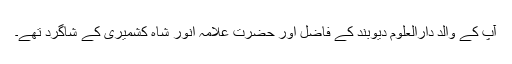
آپ کے والد دارالعلوم دیوبند کے فاضل اور حضرت علامہ انور شاہ کشمیریؒ کے شاگرد تھے۔